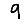
Digit: 9